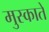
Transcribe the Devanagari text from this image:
मुस्काते